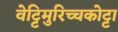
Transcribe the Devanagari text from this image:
वेट्टिमुरिच्चकोट्टा